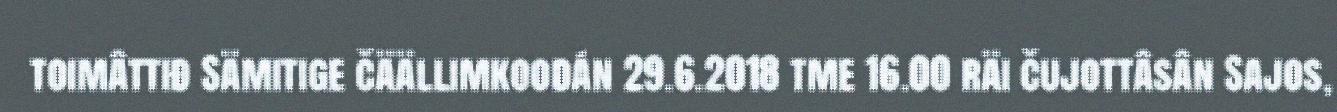
toimâttiđ Sämitige čäällimkoodán 29.6.2018 tme 16.00 räi čujottâsân Sajos,